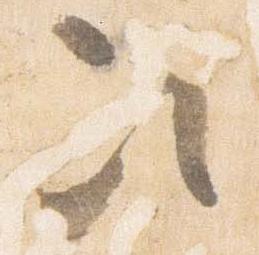
次